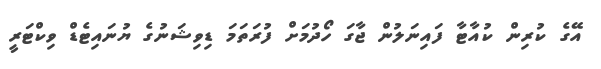
އޭގެ ކުރިން ކުއާޓާ ފައިނަލުން ޖާގަ ހޯދުމަށް ފުރަތަމަ ޑިވިޝަނުގެ ޔުނައިޓެޑް ވިކްޓަރީ